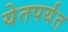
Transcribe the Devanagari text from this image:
येतपर्यंत